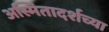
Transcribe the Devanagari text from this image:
अस्मितादर्शच्या